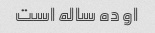
او ده ساله است